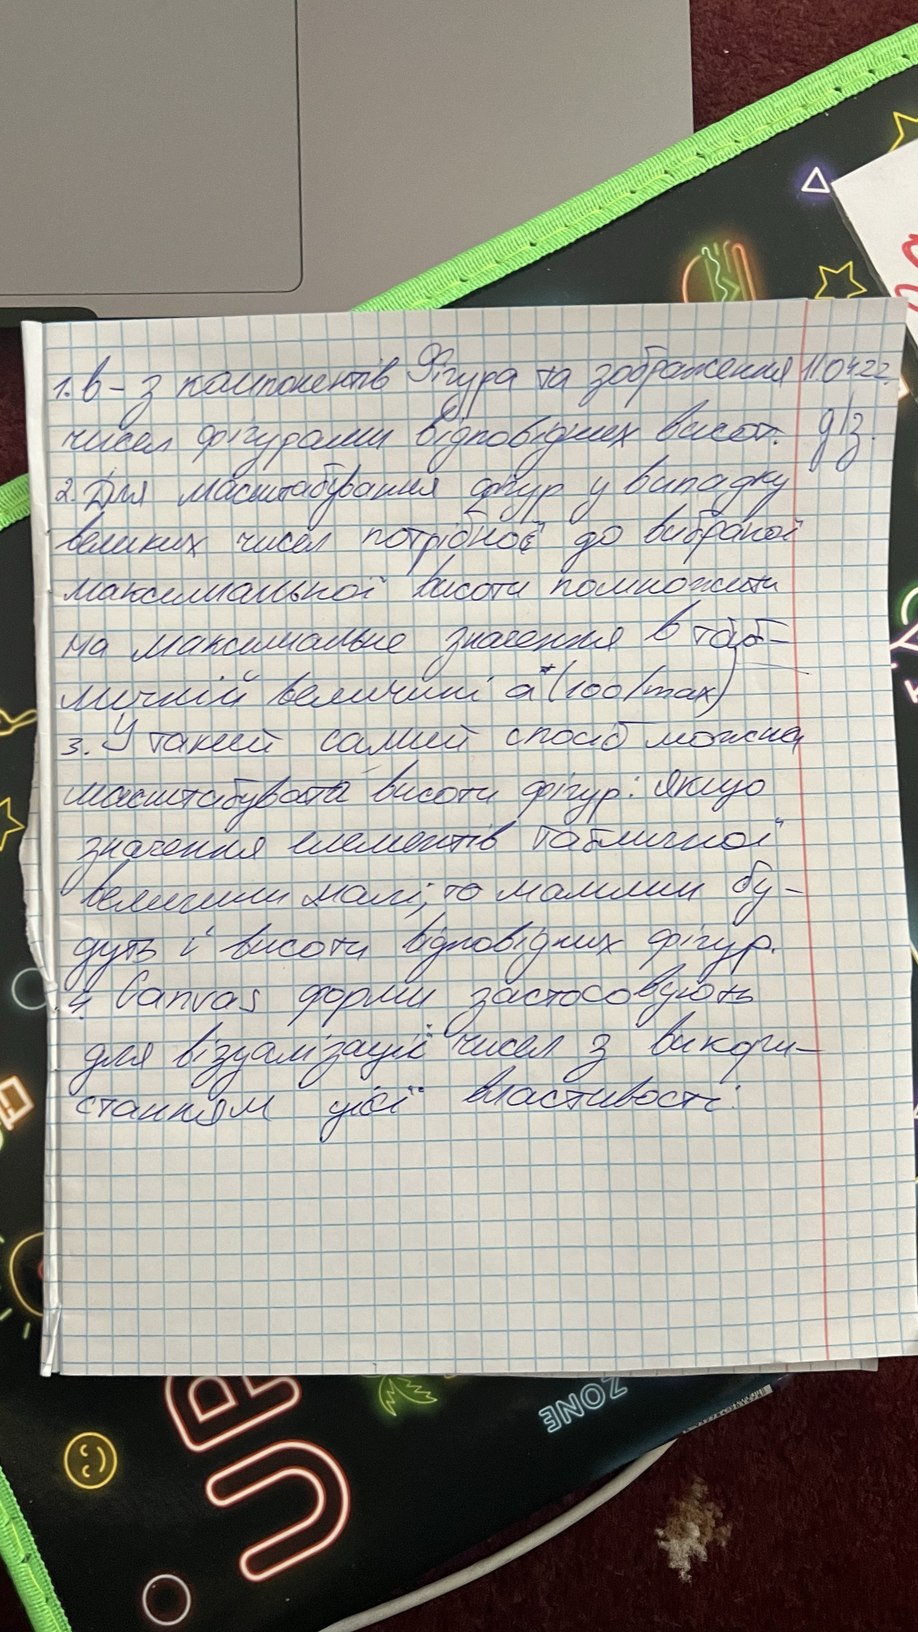
1. в-з компонентів Фігура та зображення
11.04.22
чисел фігурами відповідних висот.
д/з
2. Для масштабування фігур у випадку
великих чисел потрібної до вибраної
максимальної висоти помножити
на максимальне значення в таб-
a* (100/max)
личній величині
3. У такий самий спосіб можна
масштабувати висоти фігур: якщо
значення елементів табличної
величини малі, то малими бу-
дуть і висоти відповідних фігур.
4. Canvas форми застосовують
для візуалізації чисел з викори-
станням усієї властивості